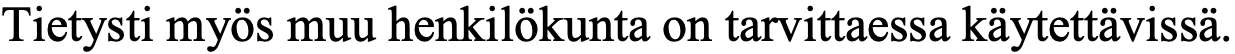
Tietysti myös muu henkilökunta on tarvittaessa käytettävissä.